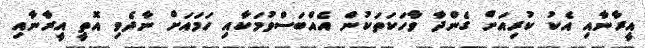
އީރާނާއި އެކު ކުރިއަށް ގެންދާ ވާހަކަތަކުން އެއްބަސްވުމަކާއި ހަމައަށް ނާދެވި އޮތީ އީރާނާއި